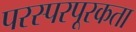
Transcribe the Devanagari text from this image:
परस्परपूरकता